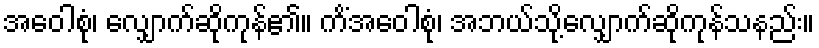
အဝေါစုံ၊ လျှောက်ဆိုကုန်၏။ ကိံအဝေါစုံ၊ အဘယ်သို့လျှောက်ဆိုကုန်သနည်း။